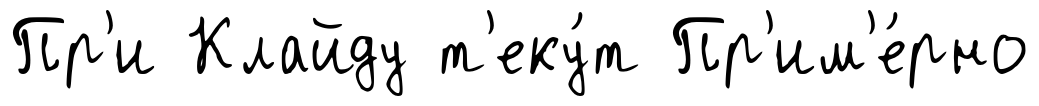
Пр'и Клайду т'еку́т Пр'им'е́рно